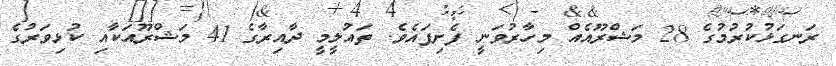
ރަނގަޅުކުރުމުގެ 28 މަޝްރޫއެއް މިހާރުވަނީ ފެށިފައެވެ. ތައުލީމީ ދާއިރާގެ 41 މަޝްރޫއަކާއި ކުޅިވަރުގެ